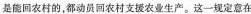
是能回农村的，都动员回农村支援农业生产。这一规定意在